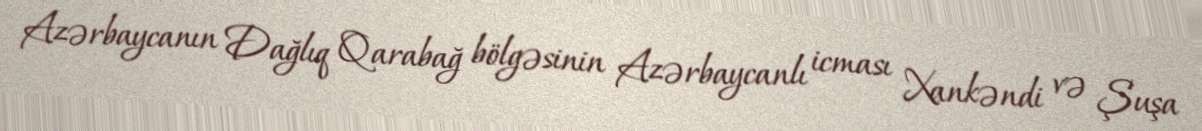
Azərbaycanın Dağlıq Qarabağ bölgəsinin Azərbaycanlı icması Xankəndi və Şuşa